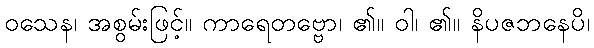
ဝသေန၊ အစွမ်းဖြင့်။ ကာရေတဗ္ဗော၊ ၏။ ဝါ၊ ၏။ နိပဇဘနေပိ၊